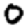
Digit: 0